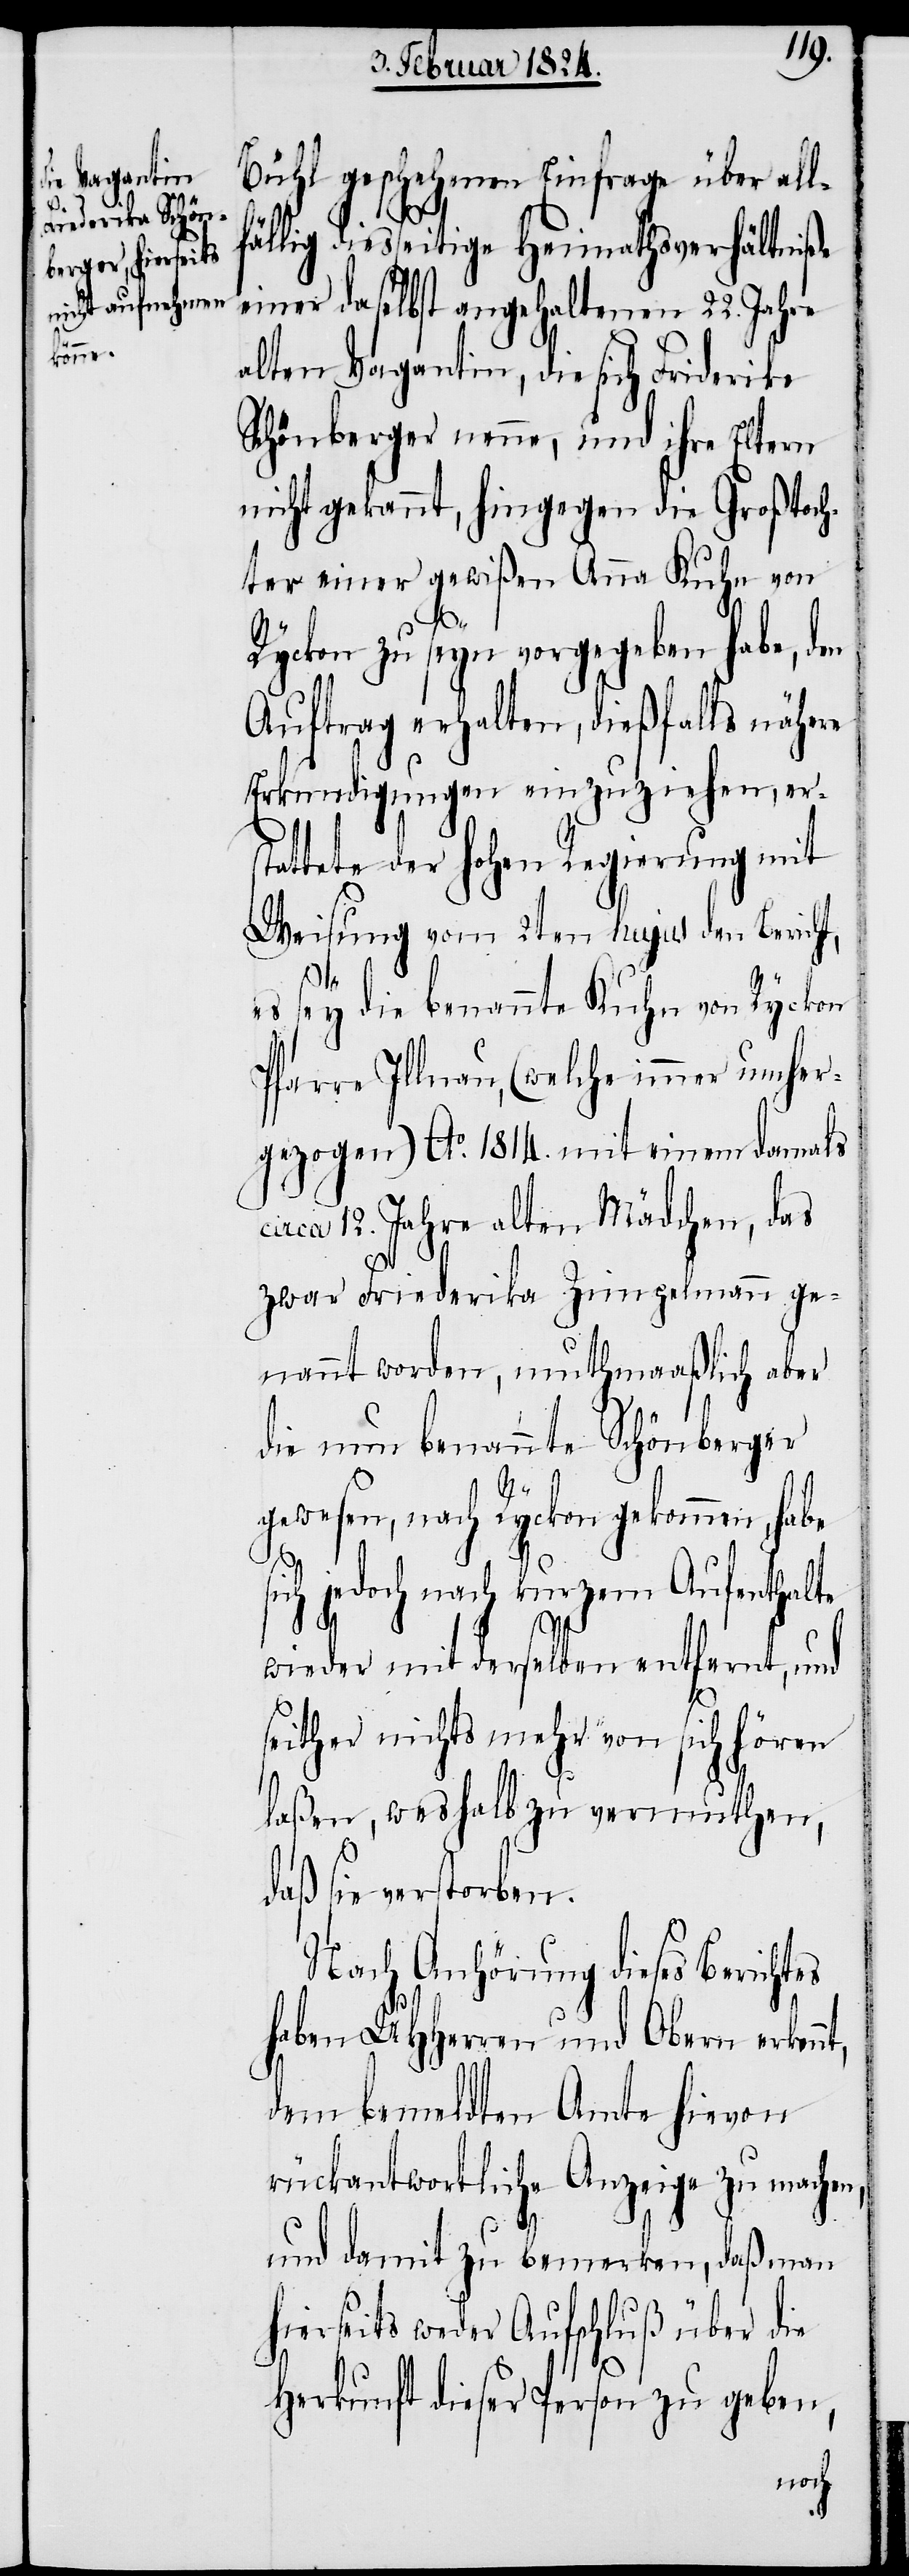
d¬

Bühl geschehene Einfrage über all¬
ällig diesseitige Heimathsverhältniße
einer daselbst angehaltenen 22. Jahre
alten Vagantin, die sich Friederika
Schönberger nenne, und ihre Eltern
nicht gekannt, hingegen die Großtoch¬
ter einer gewißen Anna Kuhn von
Ryckon zu seyn vorgegeben habe, den
Auftrag erhalten, dießfalls nähere
Erkundigungen einzuziehen, ers¬
tattete der hohen Regierung mit
Weisung vom 2ten hujus den Berich¬
es sey die benannte Kuhn von Ryckon
Pfarre Illnau, (welche immer umher¬
gezogen) Ao. 1814. mit einem damals
circa 12. Jahre alten Mädchen, das
zwar Friederika Zimpelmann ge¬
nannt worden, muthmaaßlich aber
die nun benannte Schönberger
nt,
gewesen, nach Ryckon gekommen, habe
sich jedoch nach kurzem Aufenthalte
wieder mit derselben entfernt, und
seither nichts mehr von sich hören
laßen, weshalb zu vermuthen,
aß sie verstorben.
Nach Anhörung dieses Berichtes
haben UHHerren und Obern erken¬
dem bemeldten Amte hievon
rückantwortliche Anzeige zu machen,
und damit zu bemerken, daß man
hierseits weder Aufschluß über die
Herkunft dieser Person zu geben,